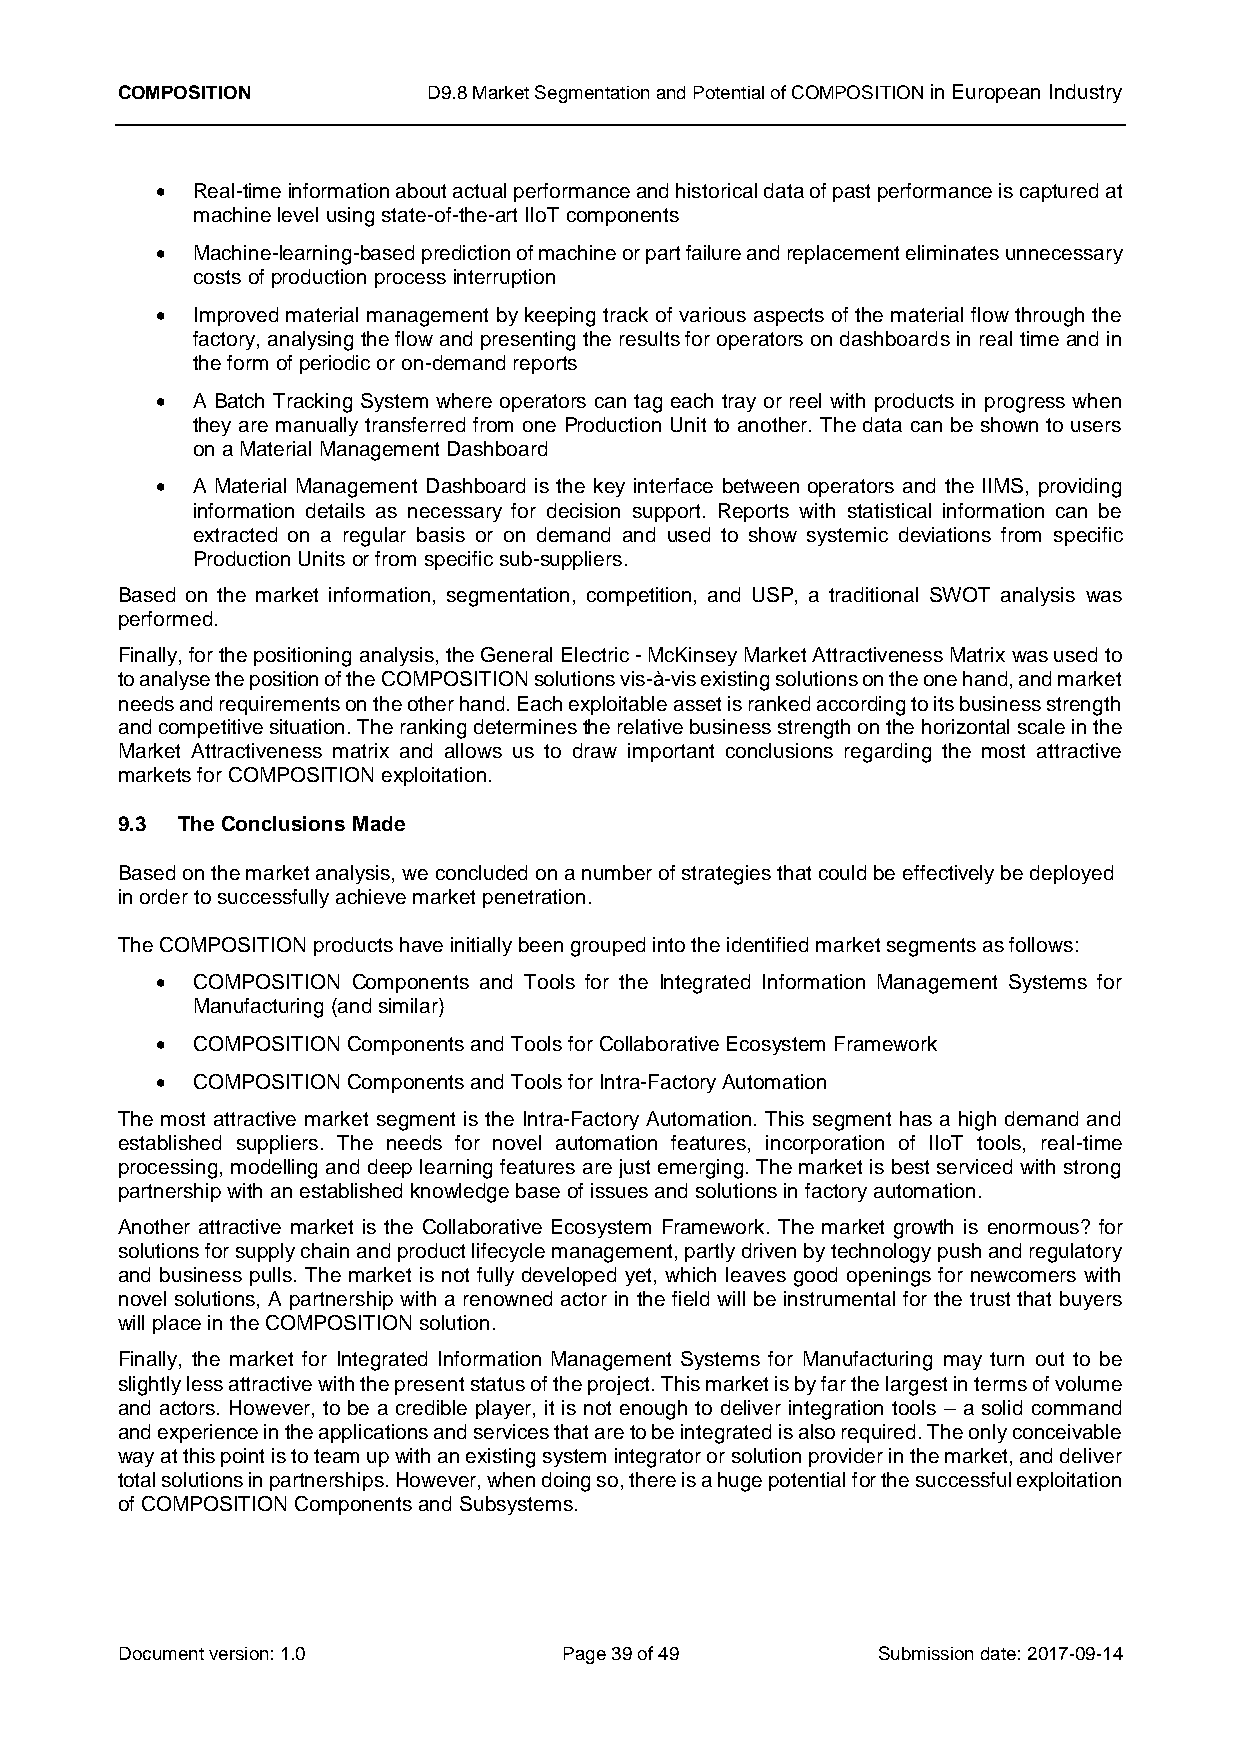
COMPOSITION         D9.8 Market Segmentation and Potential of COMPOSITION in European Industry
   Real-time information about actual performance and historical data of past performance is captured at
 machine level using state-of-the-art IIoT components
   Machine-learning-based prediction of machine or part failure and replacement eliminates unnecessary
 costs of production process interruption
   Improved material management by keeping track of various aspects of the material flow through the
 factory, analysing the flow and presenting the results for operators on dashboards in real time and in
 the form of periodic or on-demand reports
   A Batch Tracking System where operators can tag each tray or reel with products in progress when
 they are manually transferred from one Production Unit to another. The data can be shown to users
 on a Material Management Dashboard
   A Material Management Dashboard is the key interface between operators and the IIMS, providing
 information details as necessary for decision support. Reports with statistical information can be
 extracted on a regular basis or on demand and used to show systemic deviations from specific
 Production Units or from specific sub-suppliers.
 Based on the market information, segmentation, competition, and USP, a traditional SWOT analysis was
 performed.
 Finally, for the positioning analysis, the General Electric - McKinsey Market Attractiveness Matrix was used to
 to analyse the position of the COMPOSITION solutions vis-à-vis existing solutions on the one hand, and market
 needs and requirements on the other hand. Each exploitable asset is ranked according to its business strength
 and competitive situation. The ranking determines the relative business strength on the horizontal scale in the
 Market Attractiveness matrix and allows us to draw important conclusions regarding the most attractive
 markets for COMPOSITION exploitation.
 9.3 The Conclusions Made
 Based on the market analysis, we concluded on a number of strategies that could be effectively be deployed
 in order to successfully achieve market penetration.
 The COMPOSITION products have initially been grouped into the identified market segments as follows:
   COMPOSITION Components and Tools for the Integrated Information Management Systems for
 Manufacturing (and similar)
   COMPOSITION Components and Tools for Collaborative Ecosystem Framework
   COMPOSITION Components and Tools for Intra-Factory Automation
 The most attractive market segment is the Intra-Factory Automation. This segment has a high demand and
 established suppliers. The needs for novel automation features, incorporation of IIoT tools, real-time
 processing, modelling and deep learning features are just emerging. The market is best serviced with strong
 partnership with an established knowledge base of issues and solutions in factory automation.
 Another attractive market is the Collaborative Ecosystem Framework. The market growth is enormous? for
 solutions for supply chain and product lifecycle management, partly driven by technology push and regulatory
 and business pulls. The market is not fully developed yet, which leaves good openings for newcomers with
 novel solutions, A partnership with a renowned actor in the field will be instrumental for the trust that buyers
 will place in the COMPOSITION solution.
 Finally, the market for Integrated Information Management Systems for Manufacturing may turn out to be
 slightly less attractive with the present status of the project. This market is by far the largest in terms of volume
 and actors. However, to be a credible player, it is not enough to deliver integration tools – a solid command
 and experience in the applications and services that are to be integrated is also required. The only conceivable
 way at this point is to team up with an existing system integrator or solution provider in the market, and deliver
 total solutions in partnerships. However, when doing so, there is a huge potential for the successful exploitation
 of COMPOSITION Components and Subsystems.
 Document version: 1.0        Page 39 of 49        Submission date: 2017-09-14